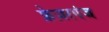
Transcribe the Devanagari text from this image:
फ्रेज़रगंज